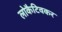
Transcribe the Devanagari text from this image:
लोकैटिवकर